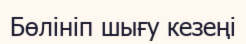
Бөлініп шығу кезеңі